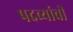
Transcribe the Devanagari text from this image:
पदव्यांची